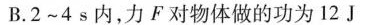
B.2~4s内，力F对物体做的功为12J